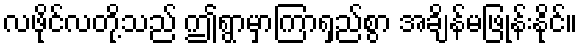
လဖိုင်လတို့သည် ဤရွာမှာကြာရှည်စွာ အချိန်မဖြုန်းနိုင်။